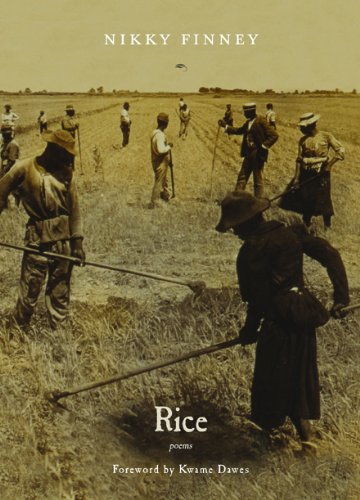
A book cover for Rice: Poems; Nikky Finney; Literature & Fiction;